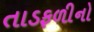
તાડફળીનો